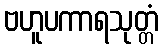
ဗဟူပကာရသုတ္တံ